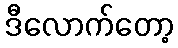
ဒီလောက်တော့